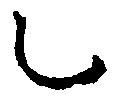
之